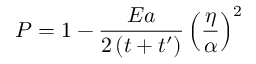
P = 1 - \frac { E a } { 2 \left( t + t ^ { \prime } \right) } \left( \frac { \eta } { \alpha } \right) ^ { 2 }